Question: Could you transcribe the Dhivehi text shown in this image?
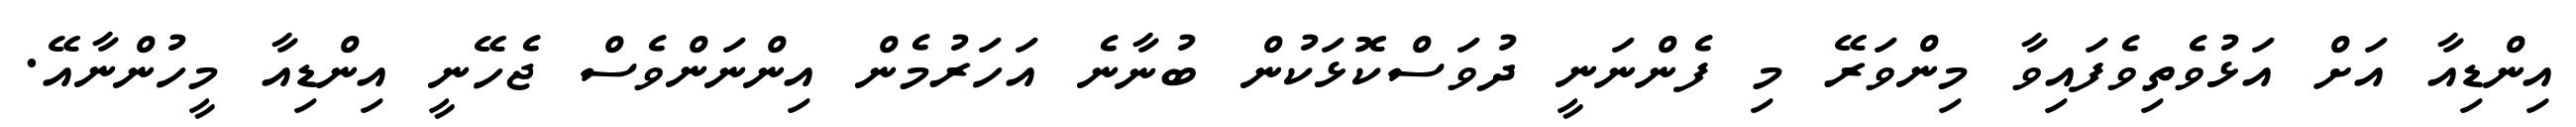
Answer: އިންޑިއާ އަށް އަޅުވެތިވެފައިވާ މިންވަރޭ މި ފެންނަނީ ދުވަސްކޮޅަކުން ބުނާނެ އަހަރުމެން އިންނަންވެސް ޖެހޭނީ އިންޑިއާ މީހުންނާއޭ.